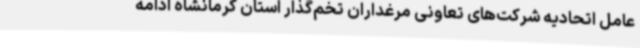
عامل اتحادیه شرکت‌های تعاونی مرغداران تخم‌گذار استان کرمانشاه ادامه